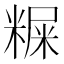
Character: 𥻐